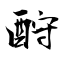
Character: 酧